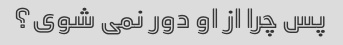
پس چرا از او دور نمی شوی؟